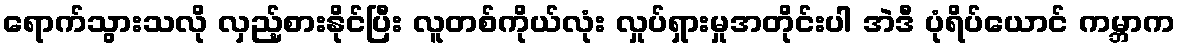
ရောက်သွားသလို လှည့်စားနိုင်ပြီး လူတစ်ကိုယ်လုံး လှုပ်ရှားမှုအတိုင်းပါ အဲဒီ ပုံရိပ်ယောင် ကမ္ဘာက